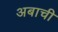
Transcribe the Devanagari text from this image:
अबाची